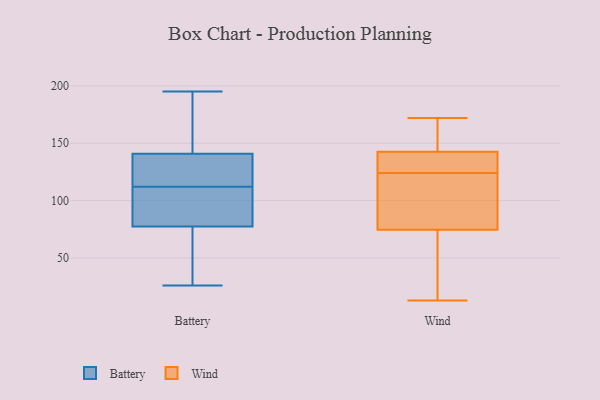
{"axis": {"x": "Conversion Rate (%)", "y": "Value"}, "legend": ["Battery", "Wind"], "data": [{"x": "", "y": 26, "type": "Battery"}, {"x": "", "y": 143, "type": "Battery"}, {"x": "", "y": 179, "type": "Battery"}, {"x": "", "y": 112, "type": "Battery"}, {"x": "", "y": 28, "type": "Battery"}, {"x": "", "y": 114, "type": "Battery"}, {"x": "", "y": 137, "type": "Battery"}, {"x": "", "y": 142, "type": "Battery"}, {"x": "", "y": 32, "type": "Battery"}, {"x": "", "y": 95, "type": "Battery"}, {"x": "", "y": 79, "type": "Battery"}, {"x": "", "y": 195, "type": "Battery"}, {"x": "", "y": 98, "type": "Battery"}, {"x": "", "y": 145, "type": "Battery"}, {"x": "", "y": 128, "type": "Battery"}, {"x": "", "y": 104, "type": "Battery"}, {"x": "", "y": 77, "type": "Battery"}, {"x": "", "y": 120, "type": "Battery"}, {"x": "", "y": 54, "type": "Battery"}, {"x": "", "y": 126, "type": "Wind"}, {"x": "", "y": 153, "type": "Wind"}, {"x": "", "y": 58, "type": "Wind"}, {"x": "", "y": 133, "type": "Wind"}, {"x": "", "y": 66, "type": "Wind"}, {"x": "", "y": 87, "type": "Wind"}, {"x": "", "y": 122, "type": "Wind"}, {"x": "", "y": 142, "type": "Wind"}, {"x": "", "y": 168, "type": "Wind"}, {"x": "", "y": 109, "type": "Wind"}, {"x": "", "y": 143, "type": "Wind"}, {"x": "", "y": 172, "type": "Wind"}, {"x": "", "y": 136, "type": "Wind"}, {"x": "", "y": 80, "type": "Wind"}, {"x": "", "y": 13, "type": "Wind"}, {"x": "", "y": 69, "type": "Wind"}]}